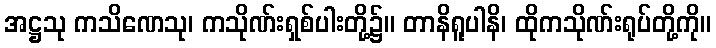
အဋ္ဌသု ကသိဏေသု၊ ကသိုဏ်းရှစ်ပါးတို့၌။ တာနိရူပါနိ၊ ထိုကသိုဏ်းရုပ်တို့ကို။